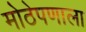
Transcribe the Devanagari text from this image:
मोठेपणाला